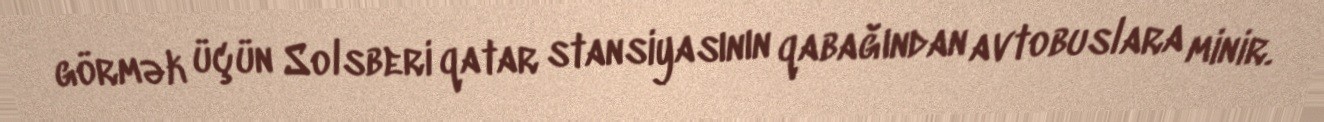
görmək üçün Solsberi qatar stansiyasının qabağından avtobuslara minir.